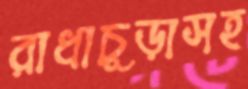
রাধাচূড়াসহ